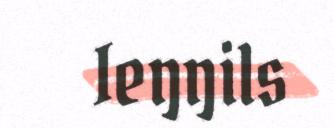
Ieŋŋils